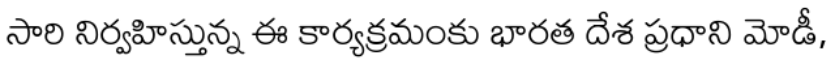
సారి నిర్వహిస్తున్న ఈ కార్యక్రమంకు భారత దేశ ప్రధాని మోడీ,